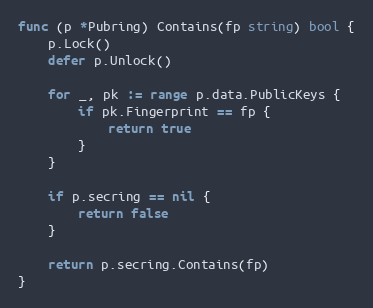
Language: Go
func (p *Pubring) Contains(fp string) bool {
	p.Lock()
	defer p.Unlock()

	for _, pk := range p.data.PublicKeys {
		if pk.Fingerprint == fp {
			return true
		}
	}

	if p.secring == nil {
		return false
	}

	return p.secring.Contains(fp)
}